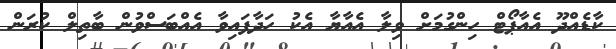
ކާޑެއްދޫ އެއާޕޯޓް ހިންގުމަށް ވިލާ އެއާޔާ އެކު ހަދާފައިވާ އެއްބަސްވުން ބާތިލް ކުރަން